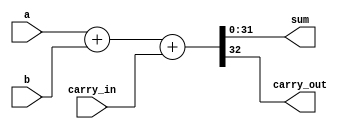
module adder32(
   input      [31 : 0] a,
   input      [31 : 0] b,
   input               carry_in,
   output wire [31 : 0] sum,
   output wire          carry_out);

   reg [32 : 0] adder_result;

   assign sum = adder_result[31:0];
   assign carry_out = adder_result[32];

   always @(a, b, carry_in)
     adder_result = {1'b0, a} + {1'b0, b} + {32'b0, carry_in};
endmodule